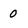
Character: 0